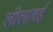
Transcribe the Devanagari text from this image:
लीलावई